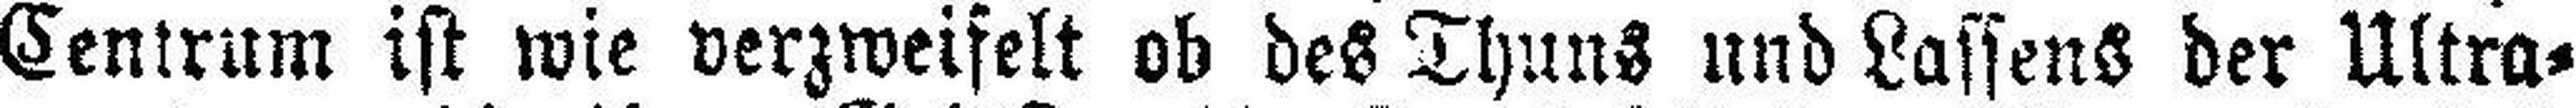
Centrum ist wie verzweifelt ob des Thuns und Lassens der Ultra¬